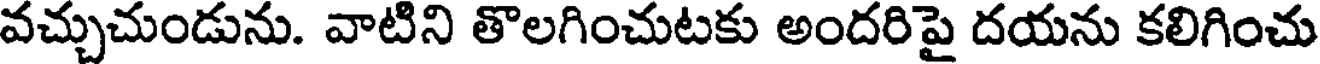
వచ్చుచుండును. వాటిని తొలగించుటకు అందరిపై దయను కలిగించు